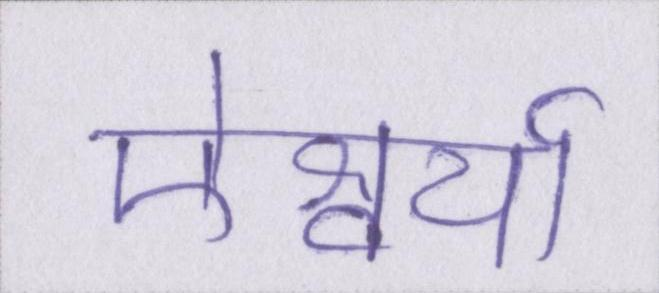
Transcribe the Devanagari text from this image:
ऐश्वर्या